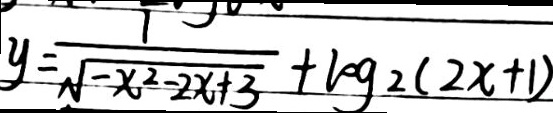
y = \frac { 1 } { \sqrt { - x ^ { 2 } - 2 x + 3 } } + \log _ { 2 } ( 2 x + 1 )